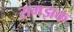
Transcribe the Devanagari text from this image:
समझक